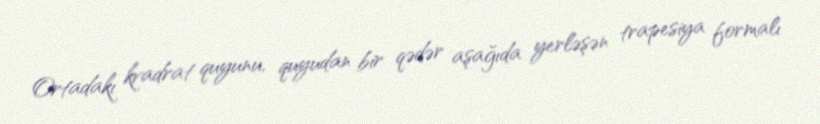
Ortadakı kvadrat quyunu, quyudan bir qədər aşağıda yerləşən trapesiya formalı